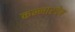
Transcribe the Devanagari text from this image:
कन्नारदेव